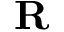
{ \bf R }